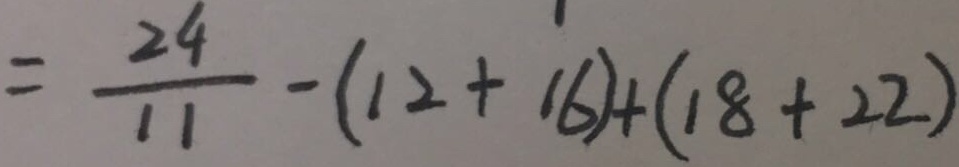
= \frac { 2 4 } { 1 1 } - ( 1 2 + 1 6 ) + ( 1 8 + 2 2 )